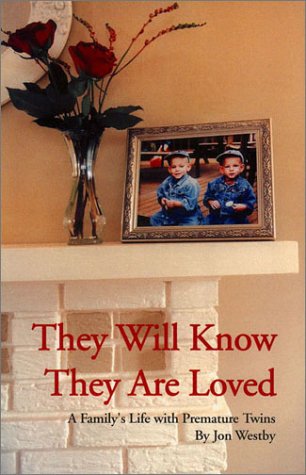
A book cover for They Will Know They Are Loved; Jon Westby; Parenting & Relationships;